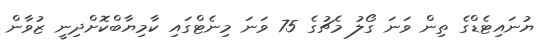
ޔުނައިޓެޑްގެ ތިން ވަނަ ގޯލު މެޗުގެ 75 ވަނަ މިނެޓްގައި ކާމިޔާބްކޮށްދިނީ ޒުވާން